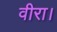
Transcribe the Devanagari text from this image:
वीरा।